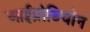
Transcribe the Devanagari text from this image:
आईप्रोडियॉन